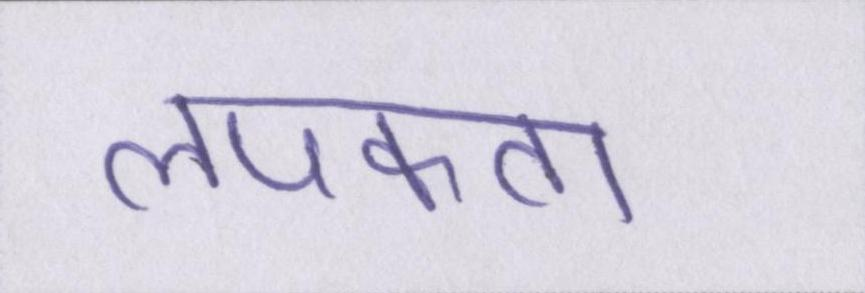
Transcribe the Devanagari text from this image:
लपकता